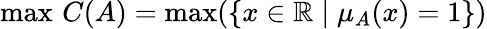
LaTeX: \operatorname*{max}\, C(A)=\operatorname*{max}(\{ x\in\mathbb{R}\mid\mu_{A}(x)=1\} )